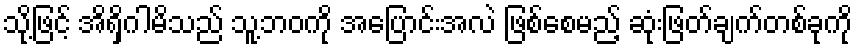
သို့ဖြင့် အိရှိဂါမိသည် သူ့ဘဝကို အပြောင်းအလဲ ဖြစ်စေမည့် ဆုံးဖြတ်ချက်တစ်ခုကို